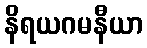
နိရယဂမနီယာ